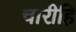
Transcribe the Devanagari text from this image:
चारीहि